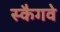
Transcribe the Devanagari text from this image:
स्कैगवे